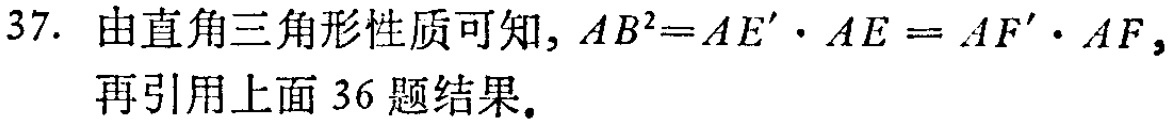
37. 由直角三角形性质可知, \(AB^{2}=AE'\cdot AE = AF'\cdot AF\), 再引用上面 36 题结果.